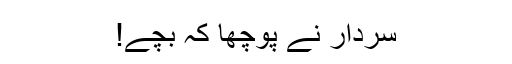
سردار نے پوچھا کہ بچے!